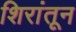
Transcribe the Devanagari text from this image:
शिरांतून